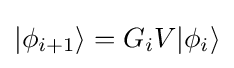
|\phi _{i+1}\rangle =G_{i}V|\phi _{i}\rangle